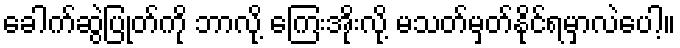
ခေါက်ဆွဲပြုတ်ကို ဘာလို့ ကြေးအိုးလို့ မသတ်မှတ်နိုင်ရမှာလဲပေါ့။